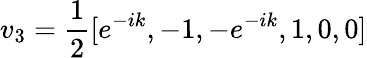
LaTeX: v_{3}=\frac{1}{2}[e^{-ik},-1,-e^{-ik},1,0,0]